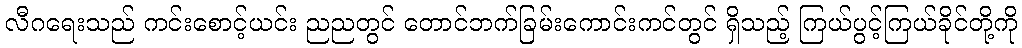
လီဂရေးသည် ကင်းစောင့်ယင်း ညညတွင် တောင်ဘက်ခြမ်းကောင်းကင်တွင် ရှိသည့် ကြယ်ပွင့်ကြယ်ခိုင်တို့ကို